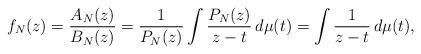
LaTeX: \begin{align*} f_N(z) = \frac{A_N(z)}{B_N(z)} = \frac{1}{P_N(z)} \int \frac{P_N(z)}{z - t} \, d\mu(t) = \int \frac{1}{z - t} \, d\mu(t), \end{align*}